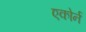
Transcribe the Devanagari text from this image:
एकोर्न